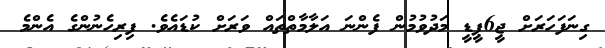
ގިނަފަހަރަށް ޖީ6ޕީޑީ މަދުވުމުން ފެންނަ އަލާމާތްތައް ވަރަށް ކުޑައެވެ. ފިރިހެނުންގެ އެންމެ